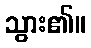
သွား၏။